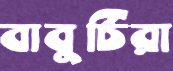
বাবুর্চিরা